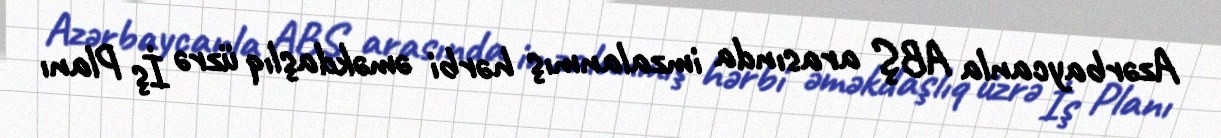
Azərbaycanla ABŞ arasında imzalanmış hərbi əməkdaşlıq üzrə İş Planı